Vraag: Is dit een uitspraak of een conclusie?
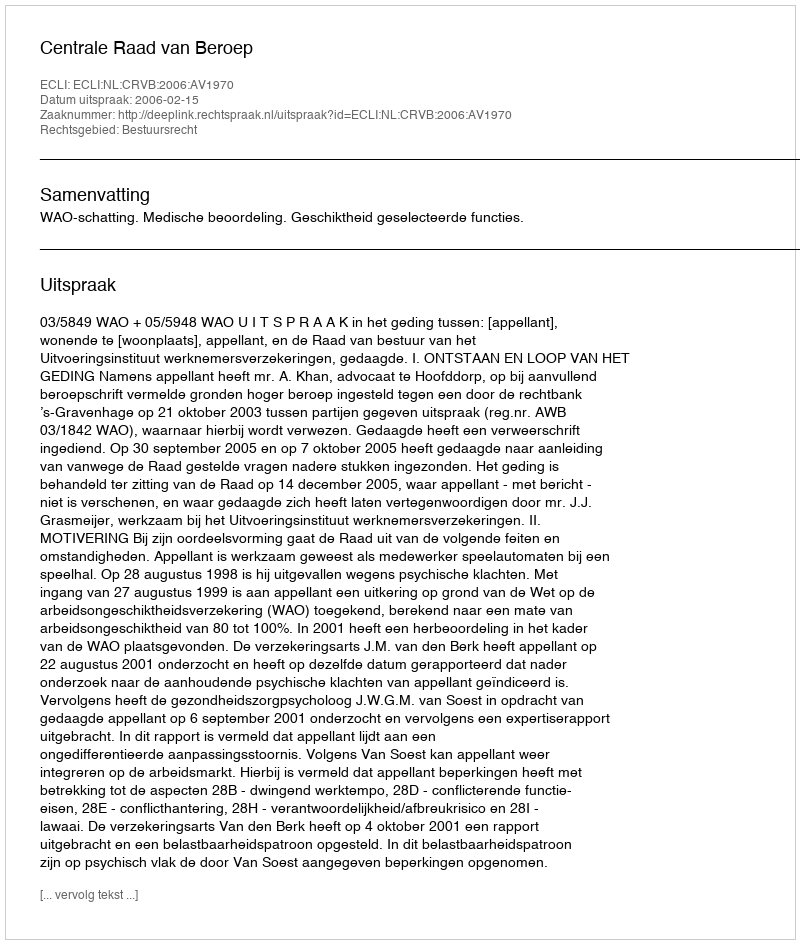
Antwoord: Uitspraak